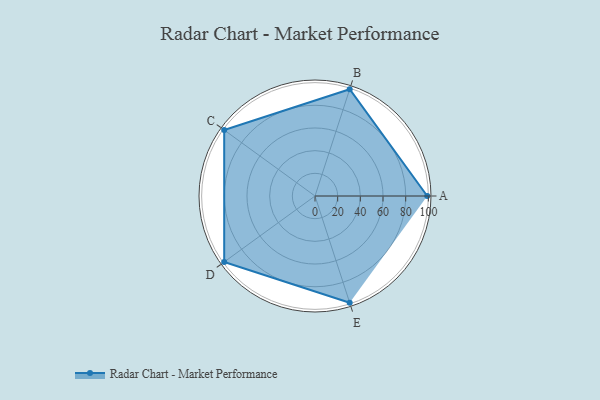
{"axis": {"x": "Skill", "y": "Score"}, "legend": ["Profile"], "data": [{"x": "A", "y": 99.0, "type": "Profile"}, {"x": "B", "y": 99, "type": "Profile"}, {"x": "C", "y": 99, "type": "Profile"}, {"x": "D", "y": 99, "type": "Profile"}, {"x": "E", "y": 99, "type": "Profile"}]}